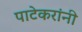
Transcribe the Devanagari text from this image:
पाटेकरांनी